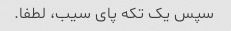
سپس یک تکه پای سیب، لطفا.